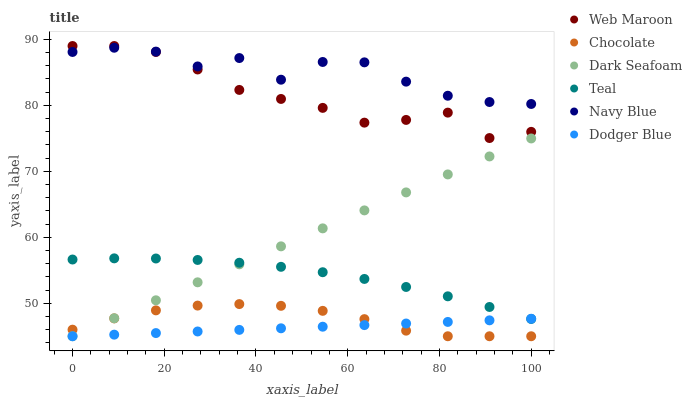
| xaxis_label | Web Maroon | Chocolate | Dark Seafoam | Teal | Navy Blue | Dodger Blue |
 | --- | --- | --- | --- | --- | --- | --- |
 | 0 | 89 | 46 | 45 | 56.6 | 88.1 | 45 |
 | 9.09 | 89 | 47.7 | 47.7 | 56.8 | 88.7 | 45.2 |
 | 18.2 | 88.1 | 48.9 | 50.5 | 56.8 | 88.2 | 45.5 |
 | 27.3 | 85.4 | 49.6 | 53.2 | 56.6 | 85.9 | 45.7 |
 | 36.4 | 82.3 | 49.9 | 55.9 | 56.1 | 87.2 | 46 |
 | 45.5 | 81 | 49.6 | 58.6 | 55.5 | 83.9 | 46.2 |
 | 54.5 | 79.6 | 48.9 | 61.4 | 54.7 | 86.6 | 46.4 |
 | 63.6 | 77.4 | 47.6 | 64.1 | 53.7 | 86.5 | 46.7 |
 | 72.7 | 77.8 | 45.8 | 66.8 | 52.5 | 83.6 | 46.9 |
 | 81.8 | 78.9 | 45 | 69.5 | 51.1 | 81.5 | 47.2 |
 | 90.9 | 75 | 45 | 72.3 | 49.4 | 80.5 | 47.4 |
 | 100 | 76 | 45 | 75 | 47.6 | 80.2 | 47.7 |